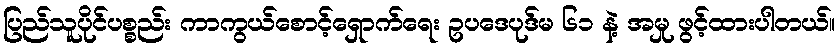
ပြည်သူပိုင်ပစ္စည်း ကာကွယ်စောင့်ရှောက်ရေး ဥပဒေပုဒ်မ ၆၁ နဲ့ အမှု ဖွင့်ထားပါတယ်။